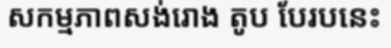
សកម្មភាពសង់រោង តូប បែរបនេះ